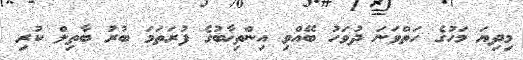
މިދިޔަ މަހުގެ ހަތްވަނަ ދުވަހު ބޭއްވި އިންތިޚާބުގެ ފުރަތަމަ ބުރު ބާތިލް ކުރި